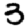
Digit: 3